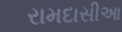
રામદાસીઆ